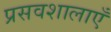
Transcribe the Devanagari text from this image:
प्रसवशालाएँ